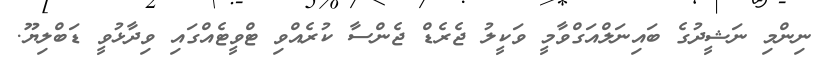
ނިންމި ނަޝީދުގެ ބައިނަލްއަގްވާމީ ވަކީލު ޖެރެޑް ޖެންސާ ކުރެއްވި ޓްވީޓެއްގައި ވިދާޅުވީ ޑަބްލިޔޫ.